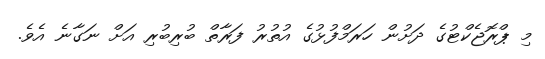
މި ޕްރޮޖެކްޓުގެ ދަށުން ހަރަމްފުޅުގެ އުތުރު ފަރާތް ބުރިބުރި އަށް ނަގާނެ އެވެ.